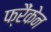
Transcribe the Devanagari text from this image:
फ्रैंकेन